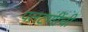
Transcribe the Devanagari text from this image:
पलटणींची